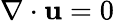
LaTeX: \nabla\cdot\mathbf{u}=0